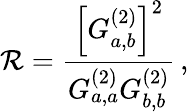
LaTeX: \mathcal{R}=\frac{{\left[G_{a,b}^{(2)}\right]^{2}}}{{G_{a,a}^{(2)}G_{b,b}^{(2)}}}\, ,